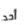
أحد